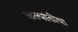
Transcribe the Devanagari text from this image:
कल्पांतीचा